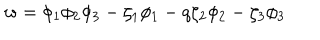
w = \phi _ { 1 } \phi _ { 2 } \phi _ { 3 } - \zeta _ { 1 } \phi _ { 1 } - q \zeta _ { 2 } \phi _ { 2 } - \zeta _ { 3 } \phi _ { 3 }